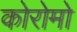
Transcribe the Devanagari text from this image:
कोरोमो